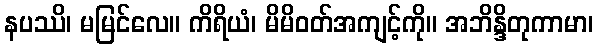
နပဿိ၊ မမြင်လေ။ ကိရိယံ၊ မိမိဝတ်အကျင့်ကို။ အဘိန္ဒိတုကာမာ၊